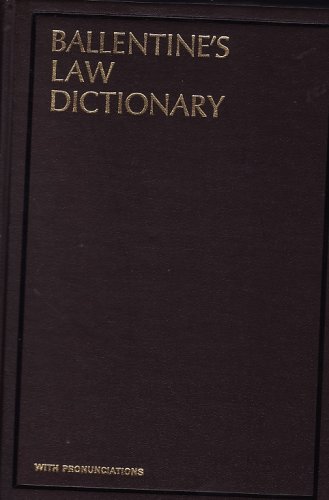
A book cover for Ballentine's Law Dictionary With Pronunciations; Law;